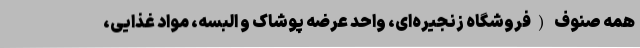
همه صنوف (فروشگاه زنجیره‌ای، واحد عرضه پوشاک و البسه، مواد غذایی،